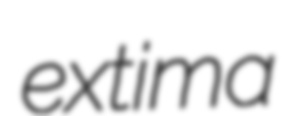
extima